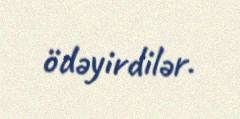
ödəyirdilər.